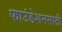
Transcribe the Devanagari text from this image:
फाउंडेशनसाठी